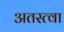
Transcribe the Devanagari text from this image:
अतस्त्वा